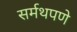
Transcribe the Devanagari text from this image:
सर्मथपणे